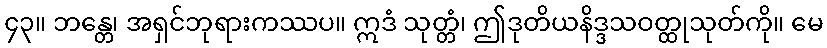
၄၃။ ဘန္တေ၊ အရှင်ဘုရားကဿပ။ ဣဒံ သုတ္တံ၊ ဤဒုတိယနိဒ္ဒသဝတ္ထုသုတ်ကို။ မေ